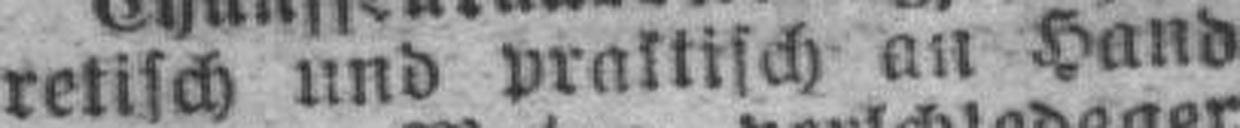
retisch und praktisch an Hand